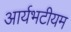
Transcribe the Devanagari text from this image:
आर्यभटीयम